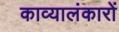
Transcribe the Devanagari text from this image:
काव्यालंकारों